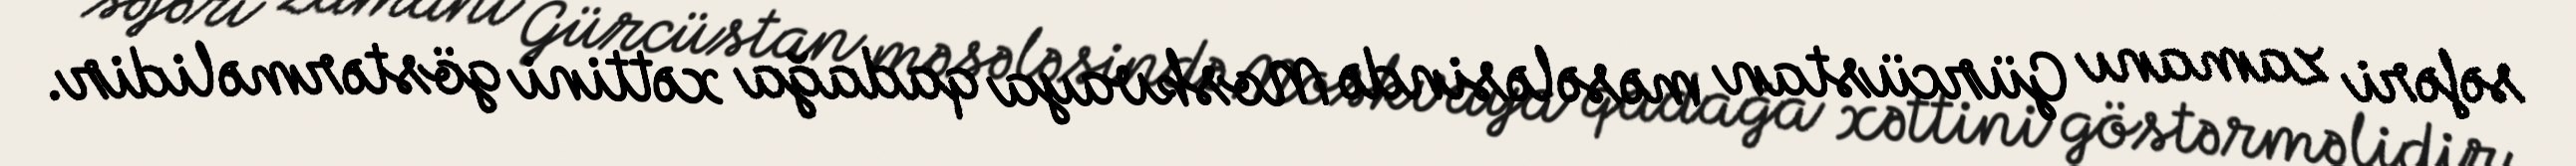
səfəri zamanı Gürcüstan məsələsində Moskvaya qadağa xəttini göstərməlidir.